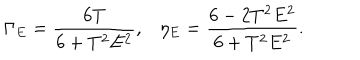
\Gamma _ { E } = \frac { 6 T } { 6 + T ^ { 2 } E ^ { 2 } } , \eta _ { E } = \frac { 6 - 2 T ^ { 2 } E ^ { 2 } } { 6 + T ^ { 2 } E ^ { 2 } } .